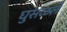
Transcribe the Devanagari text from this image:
घुसळले